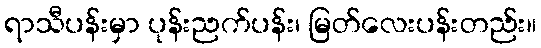
ရာသီပန်းမှာ ပုန်းညက်ပန်း၊ မြတ်လေးပန်းတည်း။